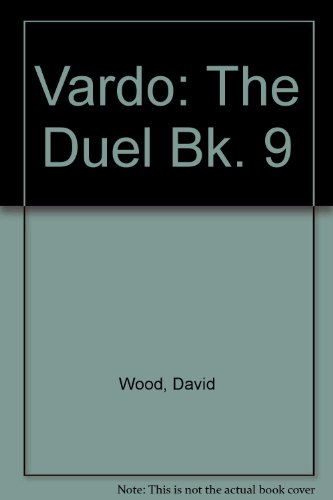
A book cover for The Duel (Vardo, Book 9); David Wood; Teen & Young Adult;